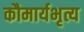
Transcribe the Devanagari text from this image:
कौमार्यभृत्य